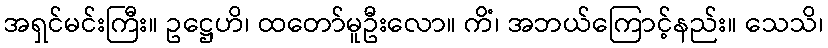
အရှင်မင်းကြီး။ ဥဋ္ဌေဟိ၊ ထတော်မူဦးလော။ ကိံ၊ အဘယ်ကြောင့်နည်း။ သေသိ၊